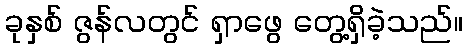
ခုနှစ် ဇွန်လတွင် ရှာဖွေ တွေ့ရှိခဲ့သည်။